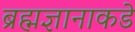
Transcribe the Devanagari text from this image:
ब्रह्मज्ञानाकडे